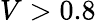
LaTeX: V>0.8